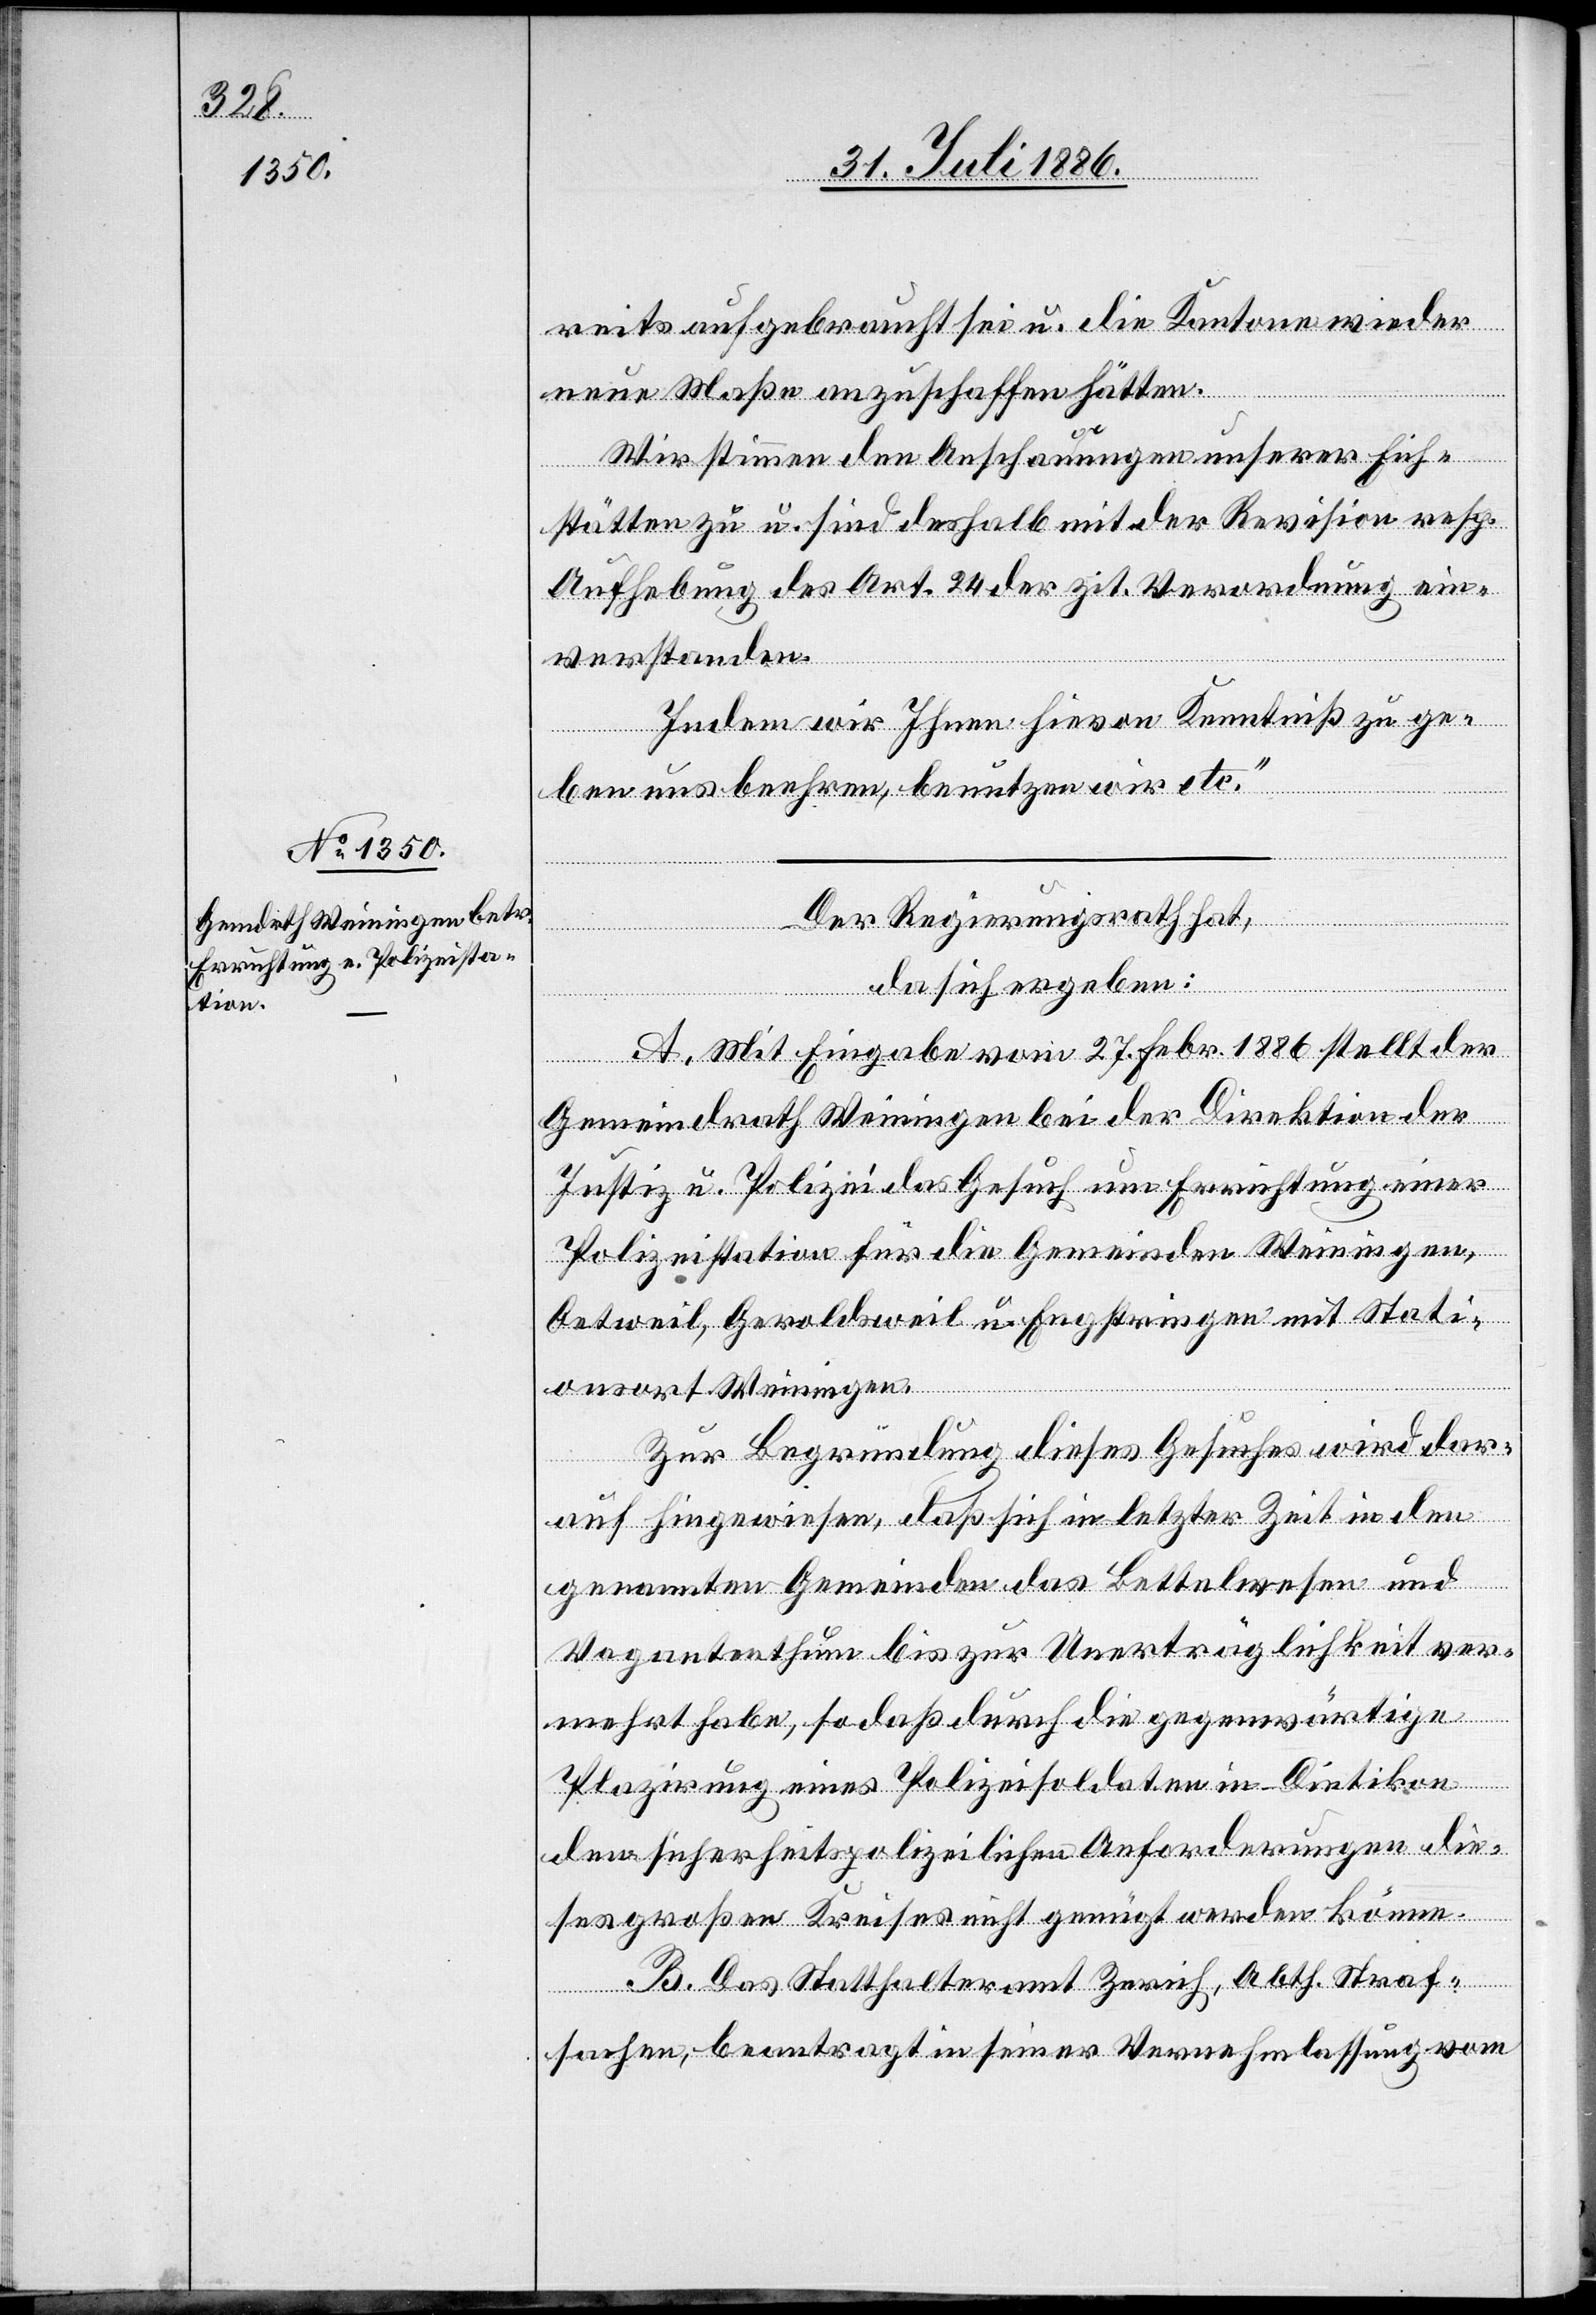
reits aufgebraucht sei u. die Kantone wieder
neue Maße anzuschaffen hätten.
Wir stimmen den Anschauungen unserer Eich¬
stätten zu u. sind deshalb mit der Revision resp.
Aufhebung des Art. 24 der zit. Verordnung ein¬
Straf¬
verstanden.
Indem wir Ihnen hievon Kenntniß zu ge¬
ben uns beehren, benutzen wir etc.“
Der Regierungsrath hat,
da sich ergeben:
A. Mit Eingabe vom 27. Febr. 1886 stellt der
Gemeindrath Weiningen bei der Direktion der
Justiz u. Polizei das Gesuch um Errichtung einer
Polizeistation für die Gemeinden Weiningen,
Oetweil, Geroldsweil u. Engstringen mit Stati¬
Abth.
onsort Weiningen.
Zur Begründung dieses Gesuches wird dar¬
auf hingewiesen, daß sich in letzter Zeit in den
genannten Gemeinden das Bettelwesen und
Vagantenthum bis zur Unerträglichkeit ver¬
mehrt habe, so daß durch die gegenwärtige
Plazirung eines Polizeisoldaten in Dietikon
den sicherheitspolizeilichen Anforderungen die¬
ses großen Kreises nicht genügt werden könne.
B. Das Statthalteramt Zurich [recte: Zürich],
sachen, beantragt in seiner Vernehmlassung vom